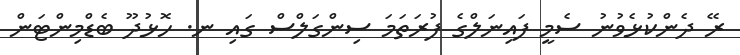
ރޭ ދެންކުޅެވުނު ސެމީ ފައިނަލްގެ ފުރަތަމަ ސިންގަލްސް ގައި ނ. ހޮޅުދޫ ބެޑްމިންޓަން